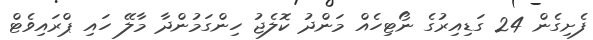
ފެށިގެން 24 ގަޑިއިރުގެ ނޯޓިހެއް މަންދު ކޮލެޖު ހިންގަމުންދާ މާލޭ ހައި ޕްރައިވެޓް